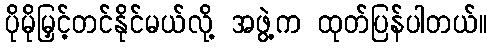
ပိုမိုမြှင့်တင်နိုင်မယ်လို့ အဖွဲ့က ထုတ်ပြန်ပါတယ်။